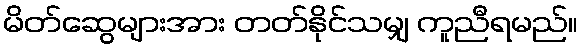
မိတ်ဆွေများအား တတ်နိုင်သမျှ ကူညီရမည်။